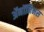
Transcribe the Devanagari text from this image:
ॲनॉनिमस